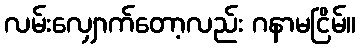
လမ်းလျှောက်တော့လည်း ဂနာမငြိမ်။